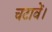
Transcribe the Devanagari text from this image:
चटावें।